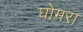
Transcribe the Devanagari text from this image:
घोमरा